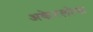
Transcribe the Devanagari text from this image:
अकेरलोफ